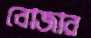
বোজার